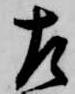
左